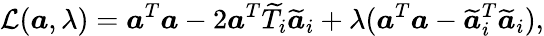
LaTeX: \mathcal{L}(\boldsymbol{a},\lambda)=\boldsymbol{a}^{T}\boldsymbol{a}-2\boldsymbol{a}^{T}\widetilde{T}_{i}\widetilde{\boldsymbol{a}}_{i}+\lambda(\boldsymbol{a}^{T}\boldsymbol{a}-\widetilde{\boldsymbol{a}}_{i}^{T}\widetilde{\boldsymbol{a}}_{i}),